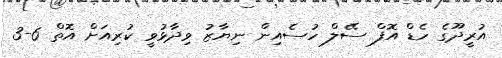
އުރީދޫގެ ހެޑް އޮފް ސޭލް ހުސެއިން ނިޔާޒު ވިދާޅުވީ ކުރިއަށް އޮތް 6-3